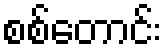
စစ်တောင်း